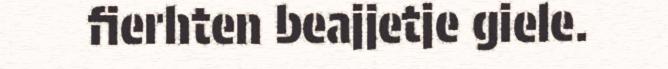
fierhten beajjetje giele.